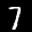
Label: 7